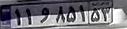
۱۱و۸۵۱۵۳